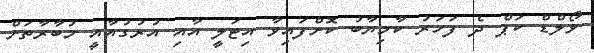
ވޯލްޑް ކަޕް ދެ ފަހަރު ކާމިޔާބު ކޮށްފައިވާ އިޓަލީ އާއި އުރުގުއާއީ މުބާރާތަށް